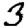
Digit: 3